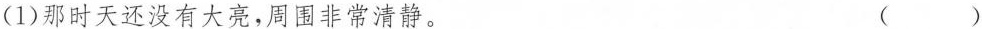
(1)那时天还没有大亮，周围非常清静。（ ）